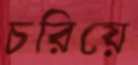
চরিয়ে